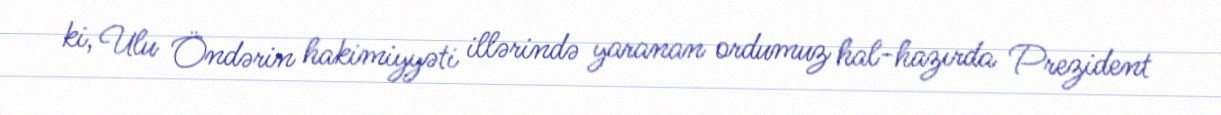
ki, Ulu Öndərin hakimiyyəti illərində yaranan ordumuz hal-hazırda Prezident